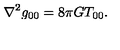
\nabla ^ { 2 } g _ { 0 0 } = 8 \pi G T _ { 0 0 } .